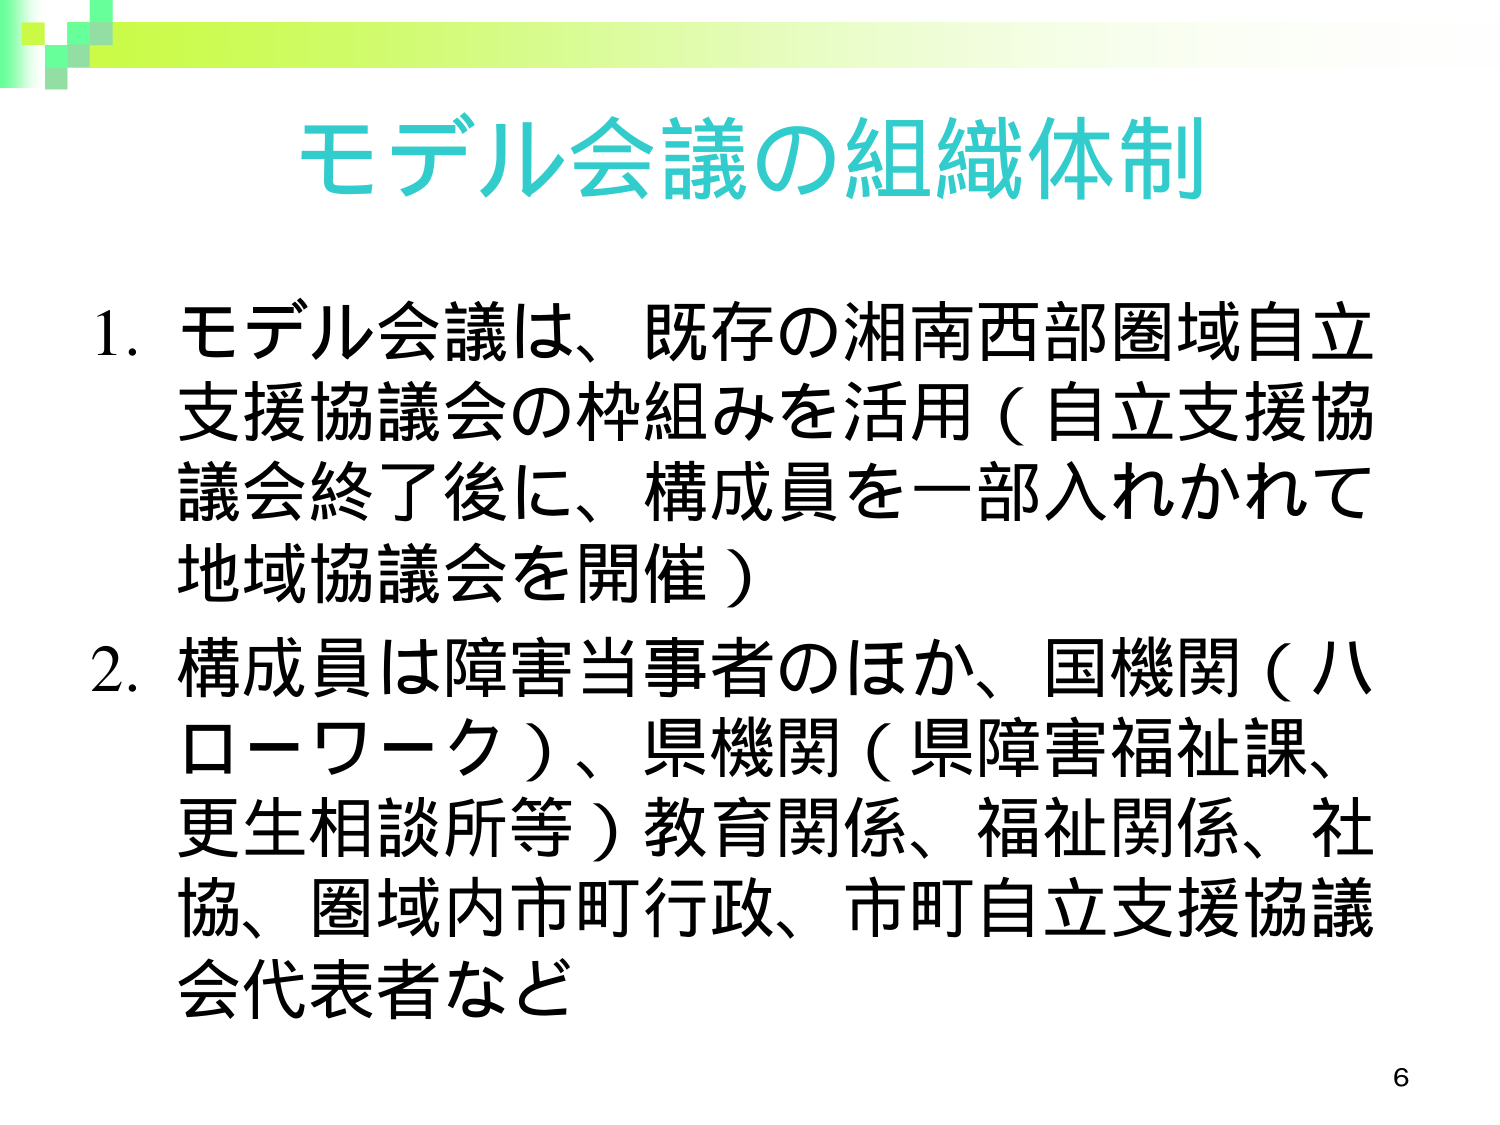
モデル会議の組織体制

1. モデル会議は、既存の湘南西部圏域自立支援協議会の枠組みを活用（自立支援協議会終了後に、構成員を一部入れかれて地域協議会を開催）

2. 構成員は障害当事者のほか、国機関（ハローワーク）、県機関（県障害福祉課、更生相談所等）教育関係、福祉関係、社協、圏域内市町行政、市町自立支援協議会代表者など

6